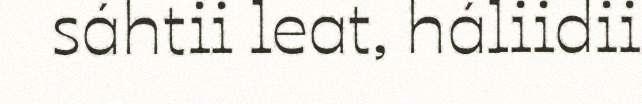
sáhtii leat, háliidii